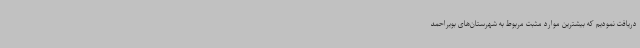
دریافت نمودیم که بیشترین موارد مثبت مربوط به شهرستان‌های بویراحمد